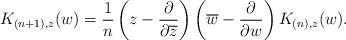
LaTeX: \begin{align*}K_{(n+1),z}(w) =\frac{1}{n} \left(z - \frac{\partial}{\partial \overline{z}}\right)\left(\overline{w} - \frac{\partial}{\partial w}\right)K_{(n),z}(w).\end{align*}